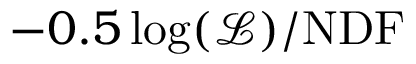
- 0 . 5 \log ( \mathcal { L } ) / \mathrm { N D F }